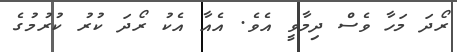
ރޯދަ މަހާ ވެސް ދިމާވީ އެވެ. އެއާ އެކު ރޯދަ ކުރު ކުރުމުގެ